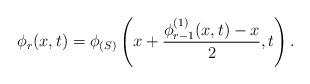
LaTeX: \begin{align*}\phi_{r}(x,t)=\phi_{(S)}\left(x + \frac{\phi_{r-1}^{(1)}(x,t) - x}{2},t\right).\end{align*}